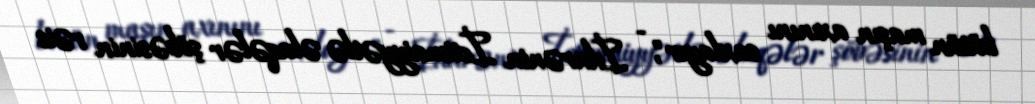
bütün maşın axınını saxlayır", - İdarənin İctimaiyyətlə əlaqələr şöbəsinin rəis